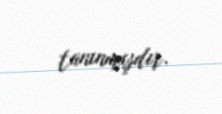
tanınmışdır.